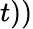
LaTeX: t))